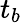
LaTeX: t_{b}